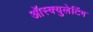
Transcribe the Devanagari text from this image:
ऑस्क्युलेटिंग